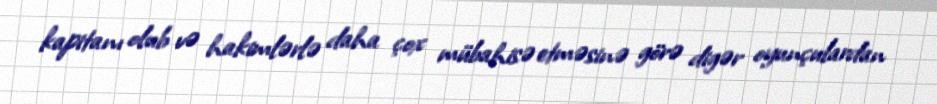
kapitanı olub və hakimlərlə daha çox mübahisə etməsinə görə digər oyunçulardan